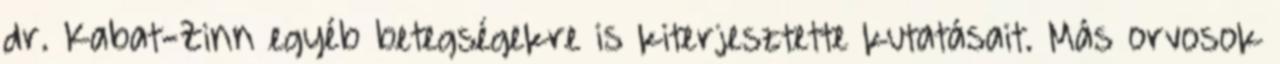
dr. Kabat-Zinn egyéb betegségekre is kiterjesztette kutatásait. Más orvosok